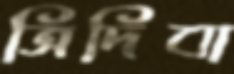
ত্রিদিবা